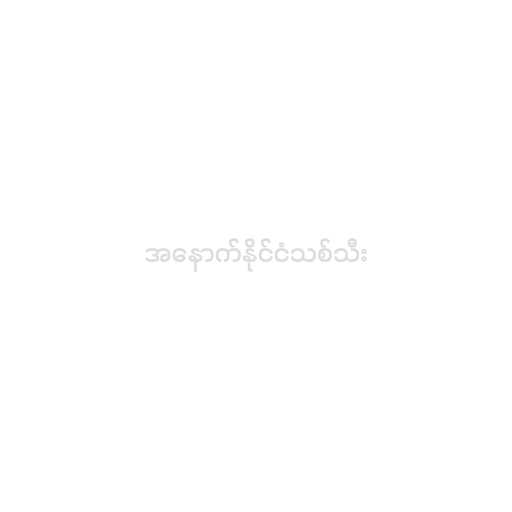
အနောက်နိုင်ငံသစ်သီး